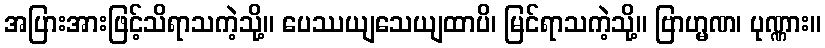
အပြားအားဖြင့်သိရာသကဲ့သို့။ ပေဿယျသေယျထာပိ၊ မြင်ရာသကဲ့သို့။ ဗြာဟ္မဏ၊ ပုဏ္ဏား။